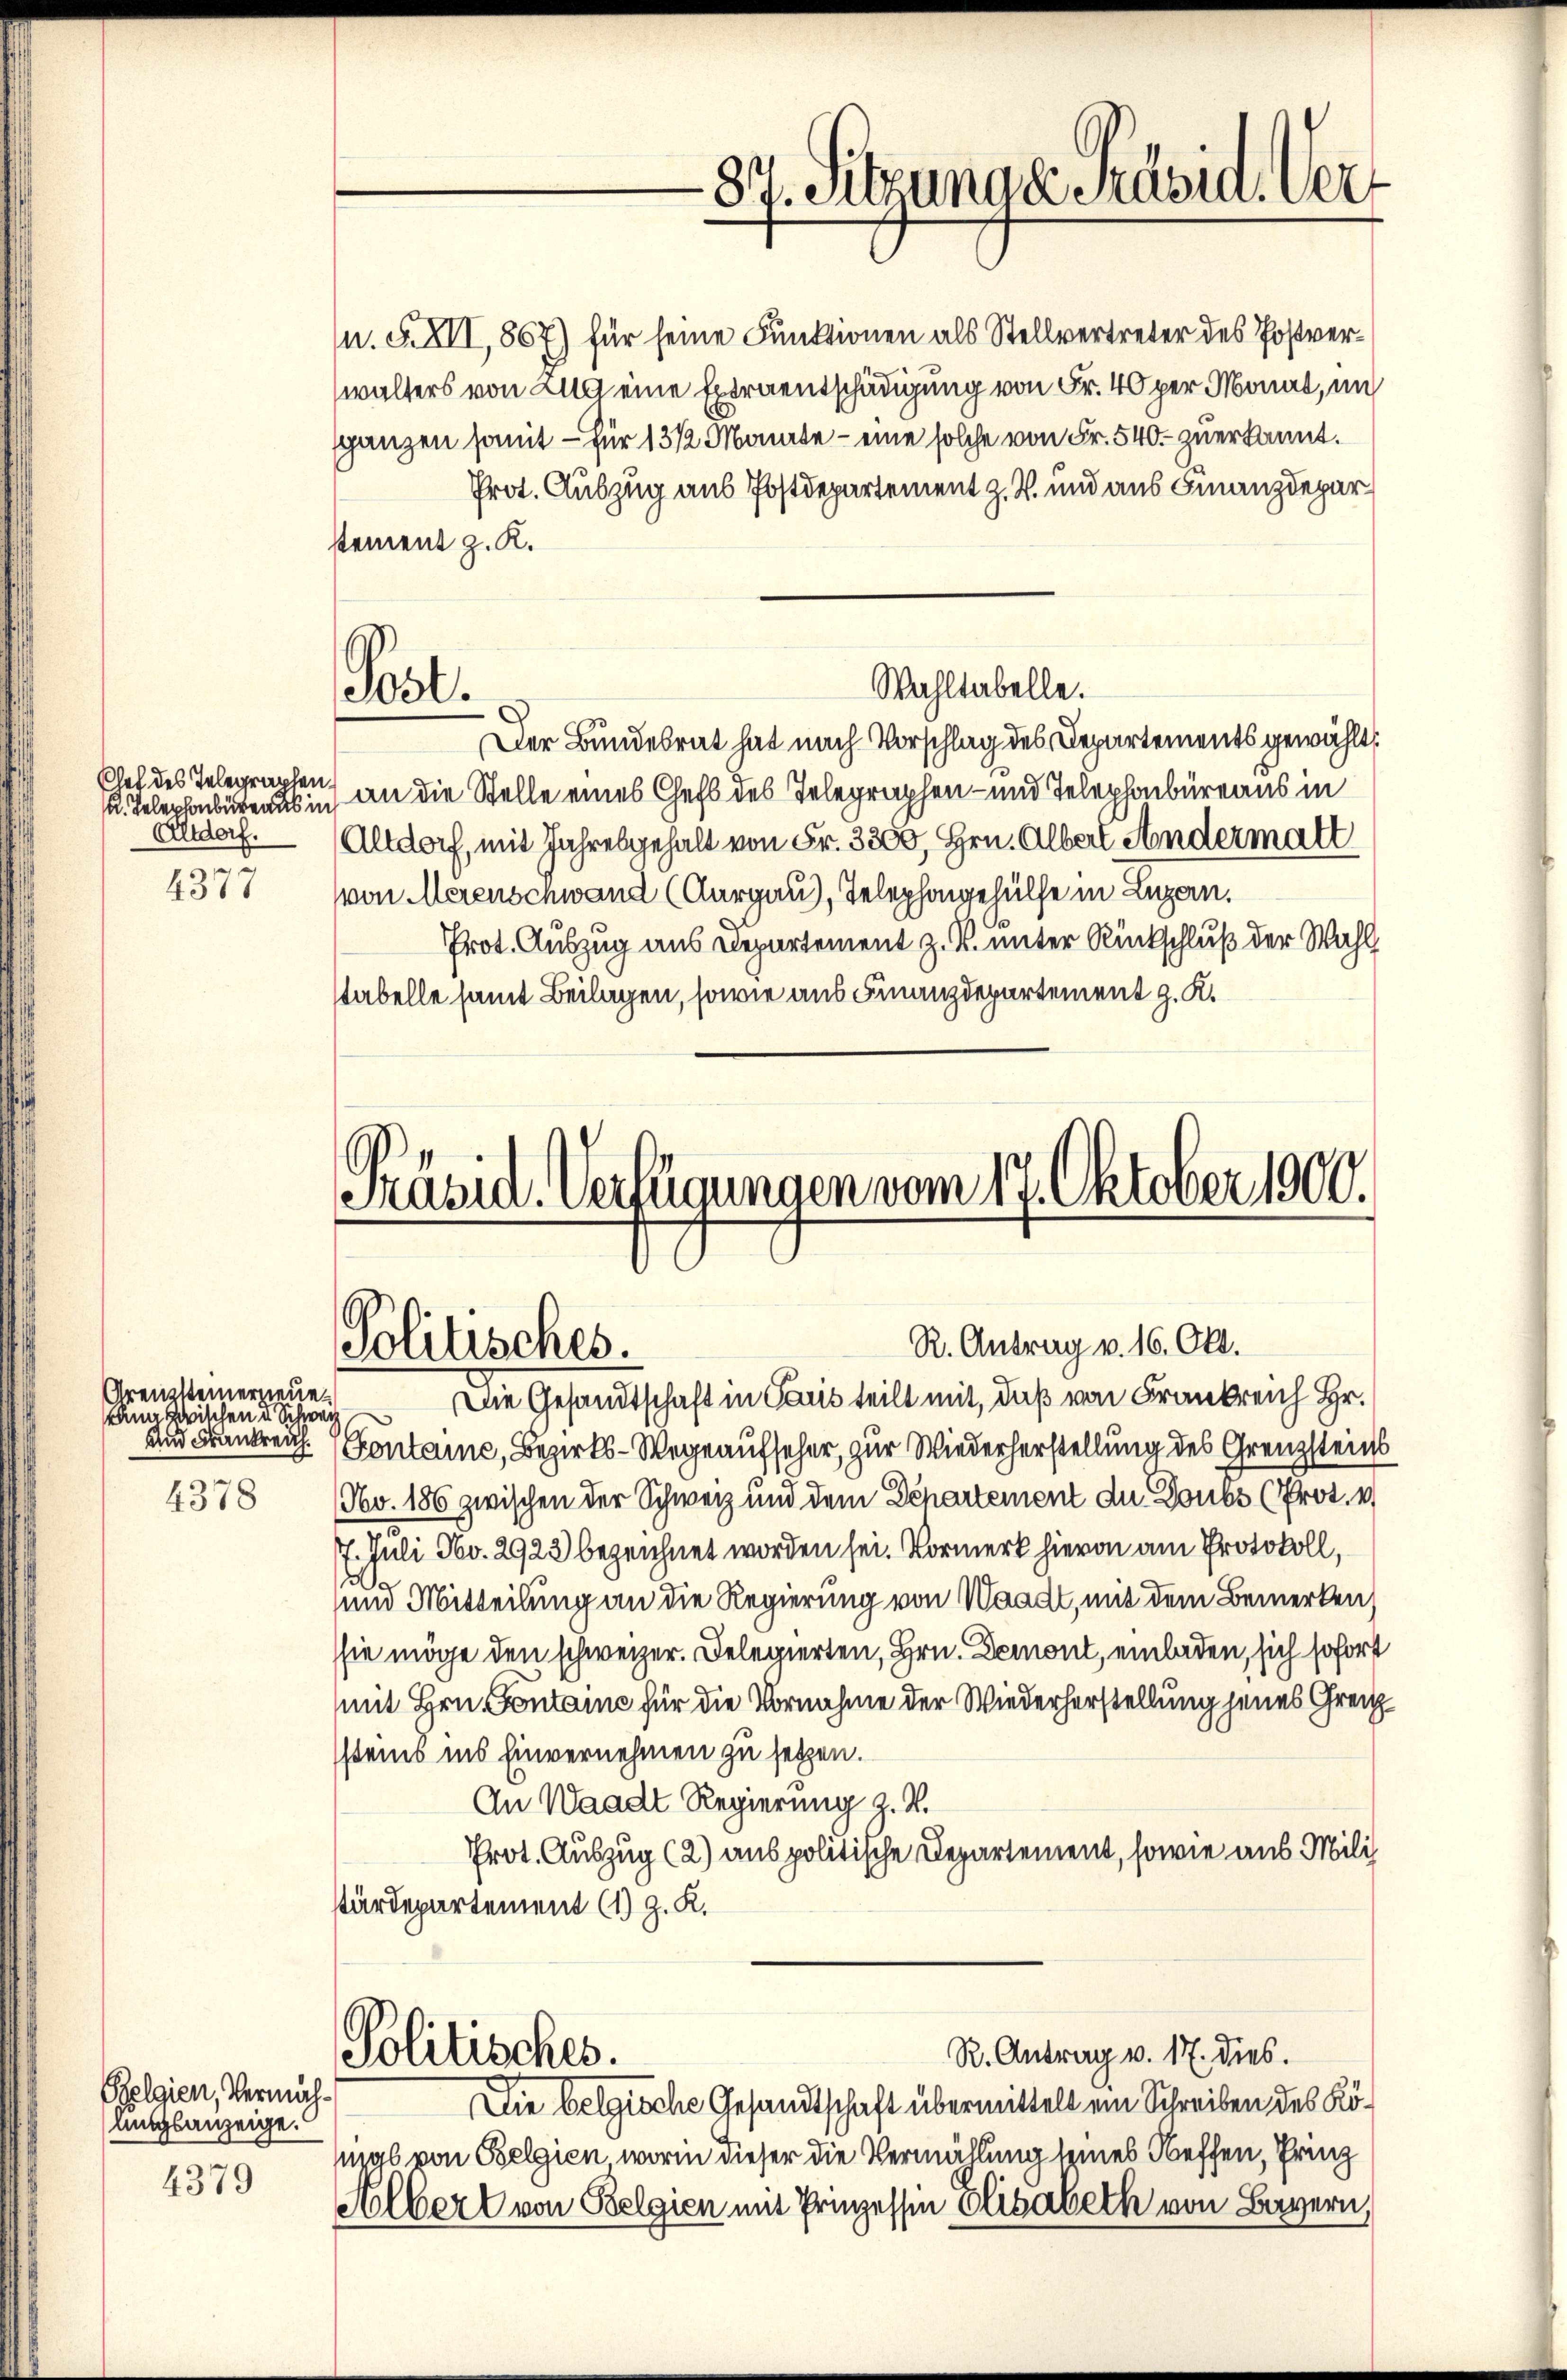
Chef des Telegraphen.
. Telephonbürens in
Altdorf.
d

4377

Grenzsteinerneuen
kann zwischen u. Schwach
und Frankreich.

4378

Belgien, Vermächunglanzeige.
4379

Pool.

Die Gesandtschaft in Paris teilt mit, daß von Frankreich Hr.
Gontaine, Bezirks-Wege aufseher, zur Wiederherstellung des Grenzsteins
Nbv. 186 zwischen der Schweiz und dem Departement du Doubs (Prot. e
7. Juli No. 2923 bezeichnet worden sei. Vormerk hievon am Protokoll,
.
um Mitteilung an die Regierung von Waadt, mit dem Bemerken,
sie möge den schweizer. Delegierten, Hrn. Demont, einladen, sich sofort
mit Hrn. Fontaine für die Vornahme der Wiederherstellung jenes Grenzstems ins Einvernehmen zu setzen.
An Waadt Regierung z. Z.
Prot. Auszug (2.) aus politische Departement, sowie aus Mili
stärdepartement (1) z. K.

87. Sitzunae Präsid. Ver

Wahltabelle.

Präsid. Verfügungen vom 17. Oktober 1900.
R. Antrag v. 16. Okt.
Politisches.

Politisches.
Die belgische Gesandtschaft übermittelt ein Schreiben des Kö¬

R. Antrag v. 17. dies.
ugs von Belgien worin dieser die Vermählung seines Neffen, Prinz
Holbert von Belgien mit Prinzessen Elisabeth von Bayern,

n. XXII,867) für seine Funktionen als Stellvertreter des Postverwalters von an eine Extraentschädigung von Fr. 40 per Monat, in
ganzen somit – für 13 1/2 Monate - eine solche von Fr. 540. zuerkannt.
Prot. Auszug aus Postdepartement z. R. und aus Finanzdepar
stement z. K.
Der Bundesrat hat nach Vorschlag des Departements gewählt,
an die Stelle eines Chefs des Telegraphen- und Telephonbüreaus in
Altdorf, mit Jahresgehalt von Fr. 3200, Hrn. Albert Andermatt
von Merenschwand (Aargau), Telephongehülfe in Luzern.
Prot. Auszug aus Departement z. B. unter Rückschluß der Wahl
tabelle samt Beilagen, sowie aus Finanzdepartement z. K.